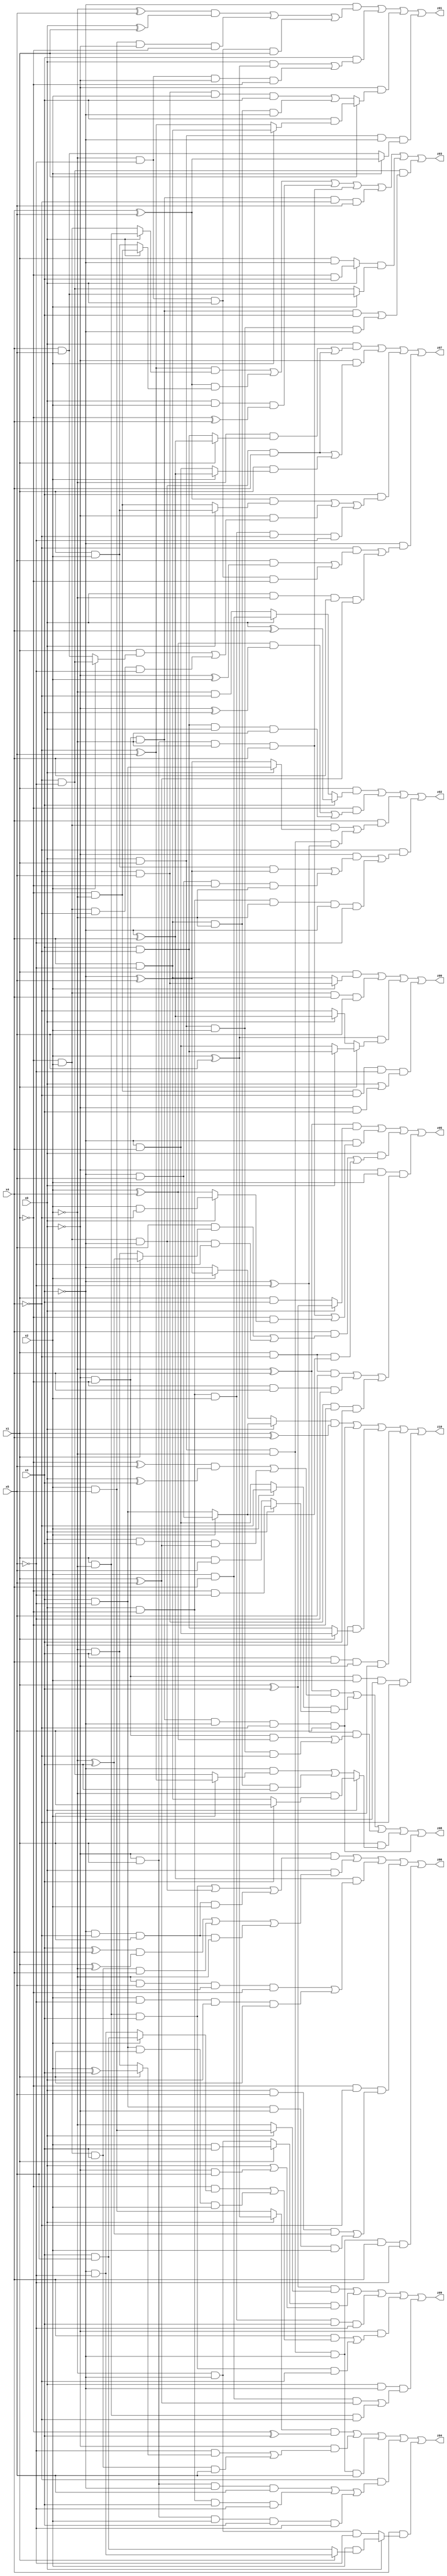
// Benchmark "X_56" written by ABC on Mon Jun 05 06:22:15 2023

module X_56 ( 
    x0, x1, x2, x3, x4, x5,
    z00, z01, z02, z03, z04, z05, z06, z07, z08, z09, z10  );
  input  x0, x1, x2, x3, x4, x5;
  output z00, z01, z02, z03, z04, z05, z06, z07, z08, z09, z10;
  assign z00 = (x1 & (x2 ? (~x4 & x5) : (x4 & ~x5))) | (~x1 & x2 & x4 & x5) | ((x2 ^ x5) & (x1 ? (x0 ? (x3 & ~x4) : (~x3 & x4)) : (x0 ? (~x3 ^ x4) : ~x4))) | (~x1 & ~x2 & ~x4 & ~x5 & (x0 | (~x0 & x3)));
  assign z01 = (~x3 & (((~x2 ^ x5) & (x0 ^ x1)) | (x2 & x5 & ~x0 & ~x1) | (~x2 & ~x5 & x0 & x1))) | (x3 & ((x0 & (x2 ^ x5)) | (~x2 & ~x5 & ~x0 & ~x1))) | (~x0 & (x1 ? (x3 & (x2 ? (x4 & ~x5) : (~x4 ^ x5))) : ((~x4 & x5 & x2 & x3) | (x4 & ~x5 & ~x2 & ~x3)))) | (x0 & x1 & ~x3 & (x2 ? (x4 ^ x5) : (x4 & x5)));
  assign z02 = (x1 & (x3 ? (x0 ^ x4) : (x0 ? (x2 & x4) : (~x2 & ~x4)))) | (~x1 & (((x2 ^ x4) & (~x0 ^ x3)) | (x3 & ~x4 & x0 & ~x2))) | (x4 & ((~x1 & x2 & (x0 ? (x3 & ~x5) : (~x3 ^ x5))) | (x0 & x1 & ~x2 & (~x3 ^ ~x5)))) | (~x4 & ((~x0 & ((x1 & x2 & (~x3 ^ x5)) | (~x3 & x5 & ~x1 & ~x2))) | (x0 & ~x1 & ~x2 & ~x3 & ~x5)));
  assign z03 = ((~x4 ^ x5) & (x0 ? (x1 & ~x2) : (~x1 & x2))) | ((x4 ^ x5) & (x0 ? (~x1 & ~x2) : (x1 & x2))) | (x0 & x2 & (~x1 ^ x4)) | (~x0 & x1 & ~x2 & x4) | (~x0 & ~x1 & ~x2 & ~x4 & x5) | ((x0 ? (~x1 & x3) : (x1 & ~x3)) & (x2 ? (x4 & x5) : (~x4 & ~x5))) | (~x4 & ~x5 & ((~x0 & ~x1 & ~x2 & x3) | (x0 & x1 & x2 & ~x3)));
  assign z04 = ((x0 ? (x2 ^ x5) : (x2 & x5)) & (~x1 ^ x3)) | (~x0 & ((~x5 & (x1 ? (x2 ^ x3) : (~x2 & x3))) | (~x1 & x2 & x3 & x5))) | (x0 & x1 & ~x2 & ~x3 & x5) | (~x4 & ((~x0 & x1 & ~x3 & x5) | (x0 & ~x1 & x3 & ~x5) | (~x0 & x1 & x2 & x3 & ~x5))) | (x4 & (x0 ? (x2 & (x1 ? (~x3 & ~x5) : (x3 & x5))) : (~x2 & ~x3 & ~x5)));
  assign z05 = ((~x2 ^ x4) & (x0 ? (x1 ^ x3) : (x1 & x3))) | (~x3 & ((~x0 & x1 & ~x2 & x4) | (~x1 & (x0 ? (x2 & ~x4) : (x2 ^ x4))))) | (x0 & ((x4 & ((x5 & (x1 ? (~x2 ^ x3) : (~x2 & x3))) | (~x1 & x2 & ~x3 & ~x5))) | (x1 & ~x4 & (x2 ? (~x3 & x5) : (x3 & ~x5))))) | (~x0 & x2 & ((x1 & ~x4 & x5) | (~x1 & x4 & ~x5) | (~x4 & x5 & ~x1 & x3)));
  assign z06 = (~x0 & ((x1 & ~x2 & x3) | (~x1 & x2 & ~x3) | (~x3 & ~x4 & x1 & x2))) | (x0 & (((x3 ^ x4) & (x1 ^ ~x2)) | (~x1 & x2 & x3 & x4) | (~x3 & ~x4 & x1 & ~x2))) | ((~x3 ^ x4) & ((~x2 & x5 & ~x0 & ~x1) | (x2 & ~x5 & x0 & x1))) | (~x1 & ~x4 & ((x0 & x5 & (~x2 ^ x3)) | (x3 & ~x5 & ~x0 & x2))) | (x0 & x1 & ~x2 & ~x3 & x4 & ~x5);
  assign z07 = (x0 & ((~x2 & (x1 ? (~x3 ^ x4) : (x3 & ~x4))) | (~x1 & x2 & ~x3 & x4))) | (~x0 & ((~x1 & x2 & ~x3 & x4) | (x1 & (x2 ? (~x3 ^ x4) : (~x3 & x4))))) | (x3 & (((x4 ^ x5) & (x0 ? (x1 & x2) : (~x1 & ~x2))) | (~x0 & ((x1 & (x2 ? (~x4 & ~x5) : (x4 & x5))) | (~x1 & x2 & ~x4 & ~x5))) | (x0 & ~x1 & x2 & ~x4 & ~x5))) | (~x3 & ((~x4 & ((x5 & (~x0 ^ x2)) | (~x2 & ~x5 & x0 & ~x1))) | (x0 & ~x2 & x4 & (x1 ^ x5))));
  assign z08 = ((~x2 ^ x4) & (((~x1 ^ x5) & (x0 ^ x3)) | (x0 & x3 & (x1 ^ x5)))) | ((x2 ? ~x4 : (~x3 & x4)) & (x0 ? (~x1 & ~x5) : (x1 & x5))) | ((~x3 ^ ~x5) & ((~x0 & ~x1 & (x2 ^ x4)) | (x0 & x1 & x2 & ~x4))) | (x1 & (x0 ? (~x2 & (x3 ? x5 : (x4 & ~x5))) : ((~x3 & (x2 ? (~x4 ^ x5) : (~x4 & ~x5))) | (x4 & ~x5 & ~x2 & x3)))) | (~x0 & ~x1 & ~x2 & ~x3 & ~x4 & x5);
  assign z09 = ((x1 ^ x3) & (x0 ? (x2 & x5) : ~x2)) | ((x1 ? (x2 & x3) : (~x2 & ~x3)) & (x0 | (~x0 & x5))) | (x0 & ~x1 & x2 & x3 & ~x5) | (~x0 & ((x4 & ((~x1 & (x2 ? (x3 & x5) : (~x3 & ~x5))) | (x3 & ~x5 & x1 & x2))) | (x1 & ~x2 & x3 & ~x4))) | (x0 & ~x3 & ((x2 & x4 & (x1 ^ x5)) | (x1 & ~x2 & ~x4)));
  assign z10 = ((x0 ? (x2 ? (~x3 & x5) : (x3 & ~x5)) : (x2 ? (~x3 ^ x5) : ~x3)) & (x1 ^ x4)) | (~x0 & ~x1 & ~x2 & ~x3 & ~x4 & x5) | (x0 & (x1 ? (~x3 & x4) : (x3 & ~x4))) | (x3 & x4 & ~x0 & x1) | (~x0 & ~x1 & x2 & ~x3 & ~x4);
endmodule